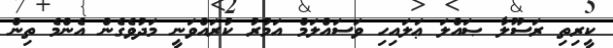
ކީރިތި ރަސޫލާ ޞައްލަ ޢަލައިހި ވަސައްލަމް އަމުރު ކުރައްވަނީ މަދުވެގެން އެންމެ ތިން